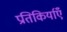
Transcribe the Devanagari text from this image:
प्रतिकिर्याएँ